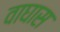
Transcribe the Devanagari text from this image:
वाघास